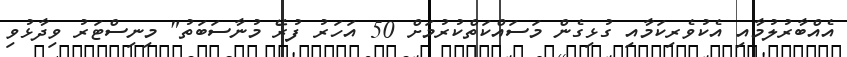
އެއްބާރުލުމާއި އެކުވެރިކަމާއި ގުޅިގެން މަސައްކަތްކުރުމަށް 50 އަހަރު ފުރޭ މުނާސަބަތު" މިނިސްޓަރު ވިދާޅުވި